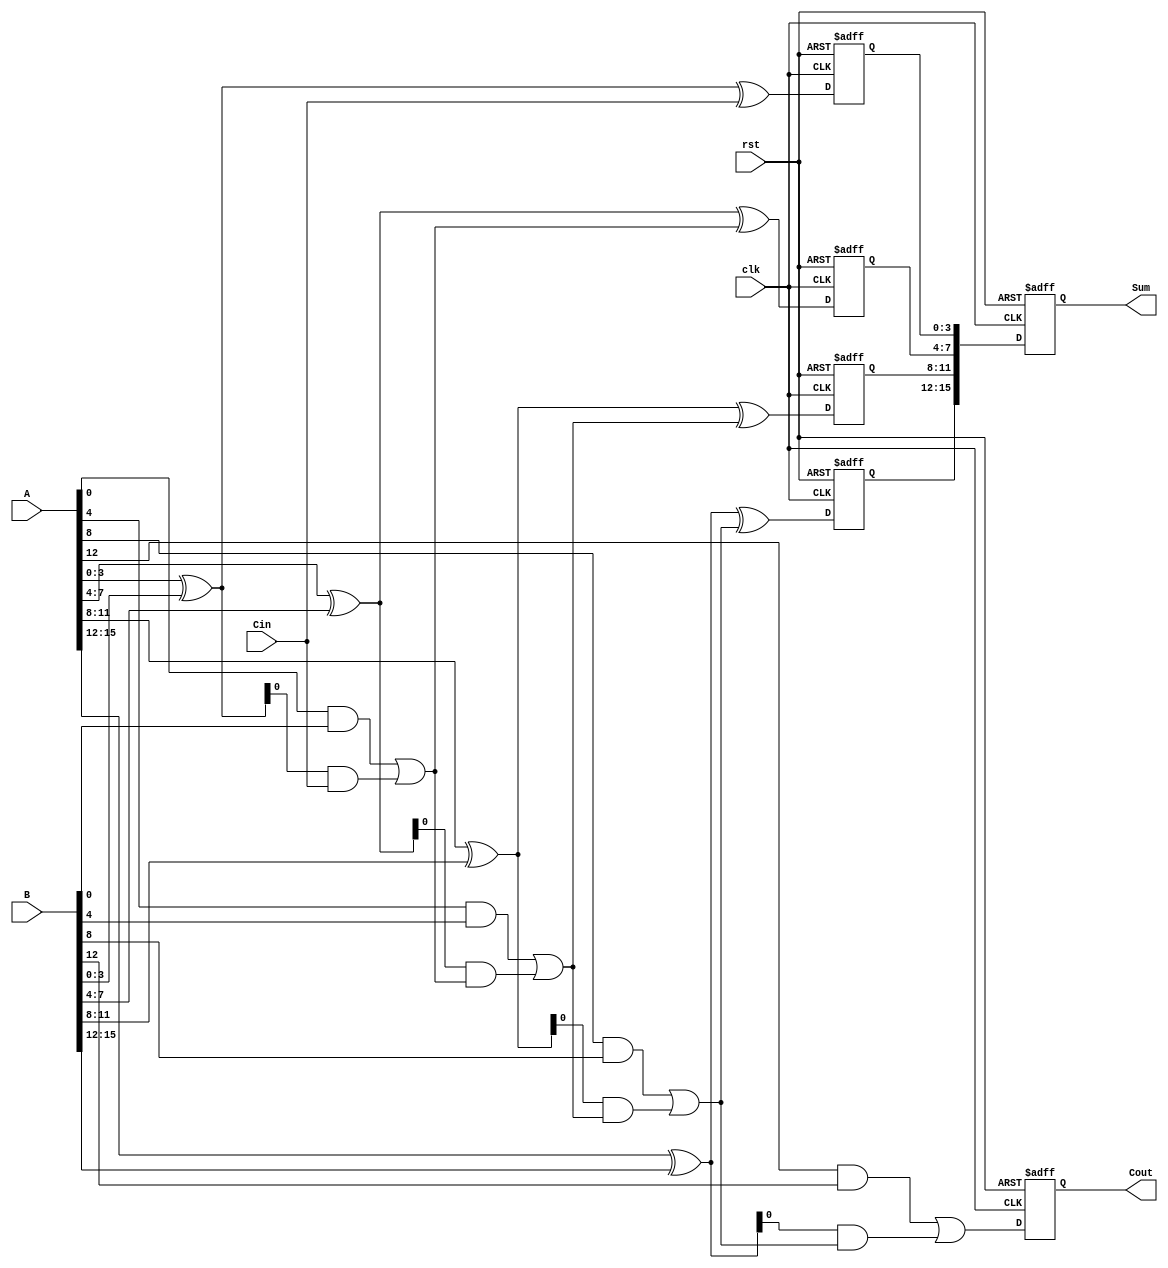
module pipelined_cla (
    input clk,
    input rst,
    input [15:0] A,
    input [15:0] B,
    input Cin,
    output reg [15:0] Sum,
    output reg Cout
);

    // Internal signals
    wire [3:0] P [3:0]; // Propagate signals for each segment
    wire [3:0] G [3:0]; // Generate signals for each segment
    wire [4:0] C;       // Carry signals between segments

    // Generate P and G for each 4-bit segment
    genvar i;
    generate
        for (i = 0; i < 4; i = i + 1) begin : segment
            assign P[i] = A[i*4 +: 4] ^ B[i*4 +: 4]; // Propagate
            assign G[i] = A[i*4 +: 4] & B[i*4 +: 4]; // Generate
        end
    endgenerate

    // Carry lookahead logic
    assign C[0] = Cin;
    assign C[1] = G[0] | (P[0] & C[0]);
    assign C[2] = G[1] | (P[1] & C[1]);
    assign C[3] = G[2] | (P[2] & C[2]);
    assign C[4] = G[3] | (P[3] & C[3]);

    // Stage 1: Sum calculation for the first segment (4 bits)
    reg [3:0] Sum_stage_1;
    always @(posedge clk or posedge rst) begin
        if (rst) begin
            Sum_stage_1 <= 4'b0;
        end else begin
            Sum_stage_1 <= P[0] ^ C[0];
        end
    end

    // Stage 2: Sum calculation for the second segment (4 bits)
    reg [3:0] Sum_stage_2;
    always @(posedge clk or posedge rst) begin
        if (rst) begin
            Sum_stage_2 <= 4'b0;
        end else begin
            Sum_stage_2 <= P[1] ^ C[1];
        end
    end

    // Stage 3: Sum calculation for the third segment (4 bits)
    reg [3:0] Sum_stage_3;
    always @(posedge clk or posedge rst) begin
        if (rst) begin
            Sum_stage_3 <= 4'b0;
        end else begin
            Sum_stage_3 <= P[2] ^ C[2];
        end
    end

    // Stage 4: Sum calculation for the fourth segment (4 bits)
    reg [3:0] Sum_stage_4;
    always @(posedge clk or posedge rst) begin
        if (rst) begin
            Sum_stage_4 <= 4'b0;
        end else begin
            Sum_stage_4 <= P[3] ^ C[3];
        end
    end

    // Final output stage
    always @(posedge clk or posedge rst) begin
        if (rst) begin
            Sum <= 16'b0;
            Cout <= 1'b0;
        end else begin
            Sum <= {Sum_stage_4, Sum_stage_3, Sum_stage_2, Sum_stage_1};
            Cout <= C[4];
        end
    end

endmodule